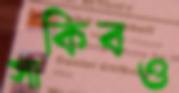
সাকিবও